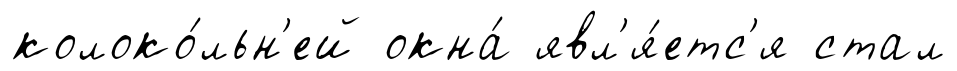
колоко́льн'ей окна́ явл'я́етс'я стал